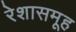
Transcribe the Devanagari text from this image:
रेशासमूह